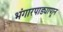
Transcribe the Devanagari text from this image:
भंगारपाड्यापाून